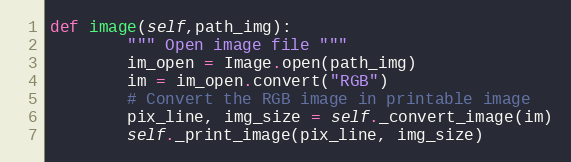
Language: Python
def image(self,path_img):
        """ Open image file """
        im_open = Image.open(path_img)
        im = im_open.convert("RGB")
        # Convert the RGB image in printable image
        pix_line, img_size = self._convert_image(im)
        self._print_image(pix_line, img_size)